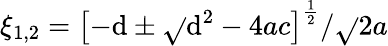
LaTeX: \xi_{1,2}=\left[-\mathrm{d}\pm\sqrt{}{{\mathrm{d}^{2}-4ac}}\right]^{\frac{1}{2}}/\sqrt{}{{2a}}